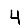
Digit: 4